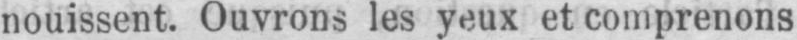
nouissent. Ouvrons les yeux et comprenons